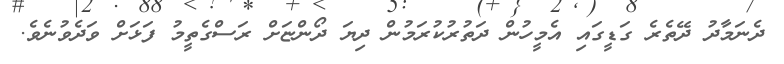
ދެނަމާދު ދޭތެރެ ގަޑީގައި އެމީހުން ދަތުރުކުރަމުން ދިޔަ ދޯންޏަށް ރަސްގެތީމު ފަޅަށް ވަދެވުނެވެ.